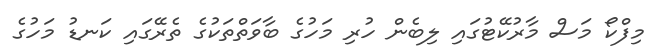
މިފްކޯ މަސް މާރުކޭޓުގައި ލިބެން ހުރި މަހުގެ ބާވަތްތަކުގެ ތެރޭގައި ކަނޑު މަހުގެ